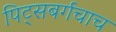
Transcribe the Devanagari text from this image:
पिट्सबर्गचाच